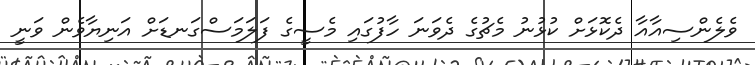
ވެލެންސިއާއާ ދެކޮޅަށް ކުޅުނު މެޗުގެ ދެވަނަ ހާފުގައި މެސީގެ ފަލަމަސްގަނޑަށް އަނިޔާވެން ވަނީ